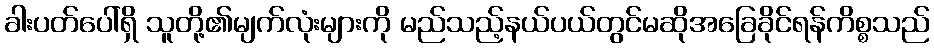
ခါးပတ်ပေါ်ရှိ သူတို့၏မျက်လုံးများကို မည်သည့်နယ်ပယ်တွင်မဆိုအခြေခိုင်ရန်ကိစ္စသည်